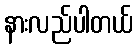
နားလည်ပါတယ်